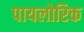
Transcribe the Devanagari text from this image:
पायलोरिक